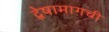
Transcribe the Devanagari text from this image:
द्वेषामागची